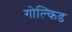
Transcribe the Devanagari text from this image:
गोल्किड